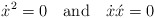
\begin{align*}\dot{x}^2=0 \quad\mbox{and}\quad\dot{x}\acute{x} =0\end{align*}